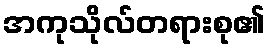
အကုသိုလ်တရားစု၏